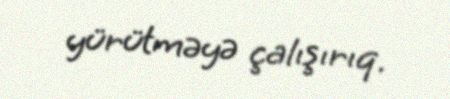
yürütməyə çalışırıq.